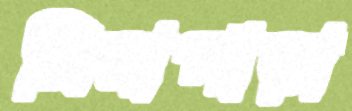
মিনাপাড়া